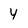
Character: 4